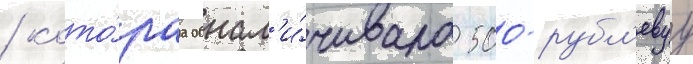
/ кото́раа обнал'и́чивала 500-рубл'евуу